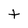
Character: t